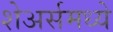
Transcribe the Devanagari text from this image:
शेअर्समध्ये